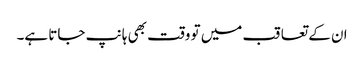
ان کے تعاقب میں تو وقت بھی ہانپ جاتا ہے۔